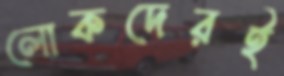
লোকদেরই